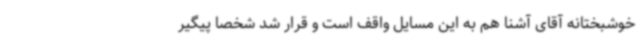
خوشبختانه آقای آشنا هم به این مسایل واقف است و قرار شد شخصا پیگیر